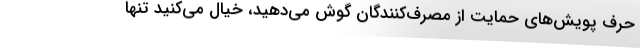
حرف پویش‌های حمایت از مصرف‌کنندگان گوش می‌دهید، خیال می‌کنید تنها